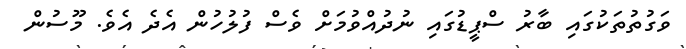
ވަގުތުތަކުގައި ބާރު ސްޕީޑުގައި ނުދުއްވުމަށް ވެސް ފުލުހުން އެދެ އެވެ. މޫސުން